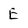
Character: E